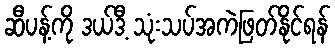
ဆီပန့်ကို ဒယ်ဒီ့ သုံးသပ်အကဲဖြတ်နိုင်ရန်